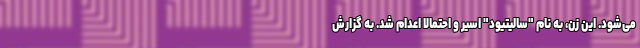
می‌شود. این زن، به نام "سالیتیود" اسیر و احتمالا اعدام شد. به گزارش